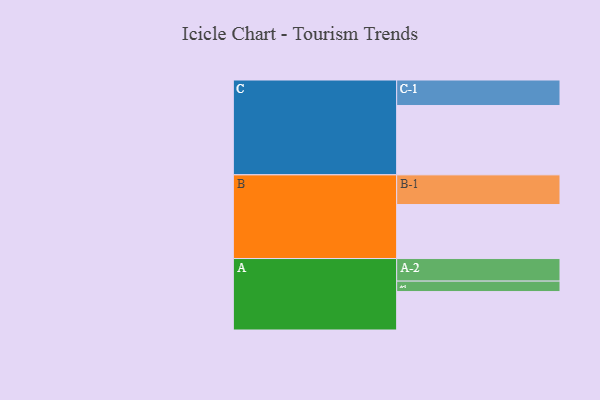
{"axis": {"x": "Segment", "y": "Value"}, "legend": ["", "A", "B", "C"], "data": [{"x": "A", "y": 330, "type": ""}, {"x": "B", "y": 464, "type": ""}, {"x": "C", "y": 596, "type": ""}, {"x": "A-1", "y": 90, "type": "A"}, {"x": "A-2", "y": 194, "type": "A"}, {"x": "B-1", "y": 255, "type": "B"}, {"x": "C-1", "y": 219, "type": "C"}]}